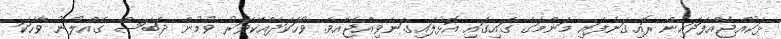
ޅަކުއްޖެއްފަދައިން ރޮއިގަނެފައި މަންމަގެ ގައިގައި އޮޅުލައިގަނެވިއްޖެއެވެ. ވާހަކަދެއްކޭވަރު ވުމުން ދަބަސް ގެއްލުނު ވާހަކަ